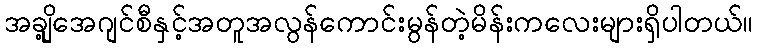
အချို့အေဂျင်စီနှင့်အတူအလွန်ကောင်းမွန်တဲ့မိန်းကလေးများရှိပါတယ်။